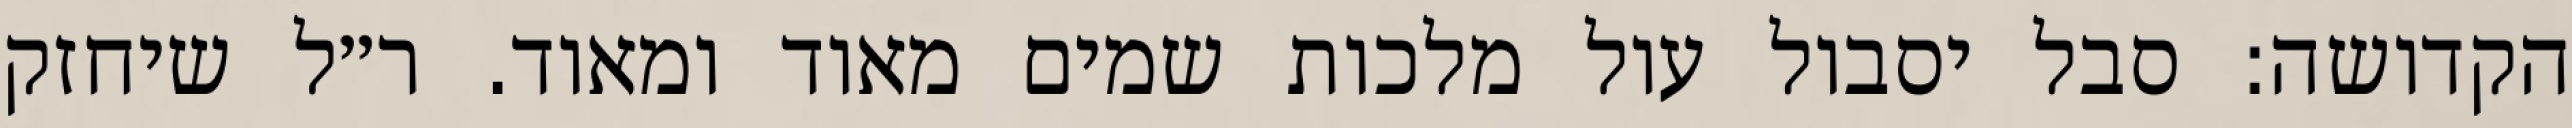
הקדושה: סבל יסבול עול מלכות שמים מאוד ומאוד. ר״ל שיחזק